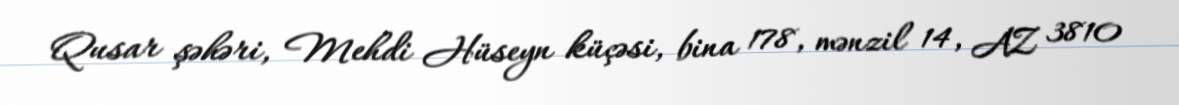
Qusar şəhəri, Mehdi Hüseyn küçəsi, bina 178, mənzil 14, AZ 3810